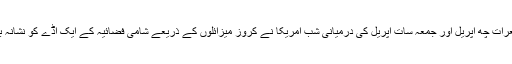
جمعرات چھ اپریل اور جمعہ سات اپریل کی درمیانی شب امریکا نے کروز میزائلوں کے ذریعے شامی فضائیہ کے ایک اڈے کو نشانہ بنایا۔